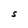
Character: S